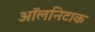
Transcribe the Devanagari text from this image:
ऑलनिटाक